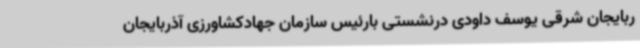
ربایجان شرقی یوسف داودی درنشستی بارئیس سازمان جهادکشاورزی آذربایجان